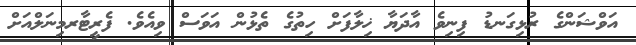
އަވްޝަންގެ ރުޅިގަނޑު ފިނިވެ އާދަޔާ ޚިލާފަށް ހިތުގެ ތެޅުން އަވަސް ވިއެވެ. ފެރީޓާރމިނަލްއަށް